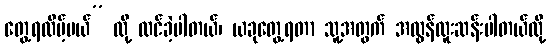
တွေ့ရလိမ့်မယ်” လို့ ထင်ခဲ့ပါတယ်၊ ယခုတွေ့ရတာ သူ့အတွက် အလွန်ထူးဆန်းပါတယ်လို့